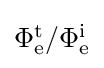
{\textstyle \Phi _{\mathrm {e} }^{\mathrm {t} }/\Phi _{\mathrm {e} }^{\mathrm {i} }}